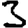
Digit: 3